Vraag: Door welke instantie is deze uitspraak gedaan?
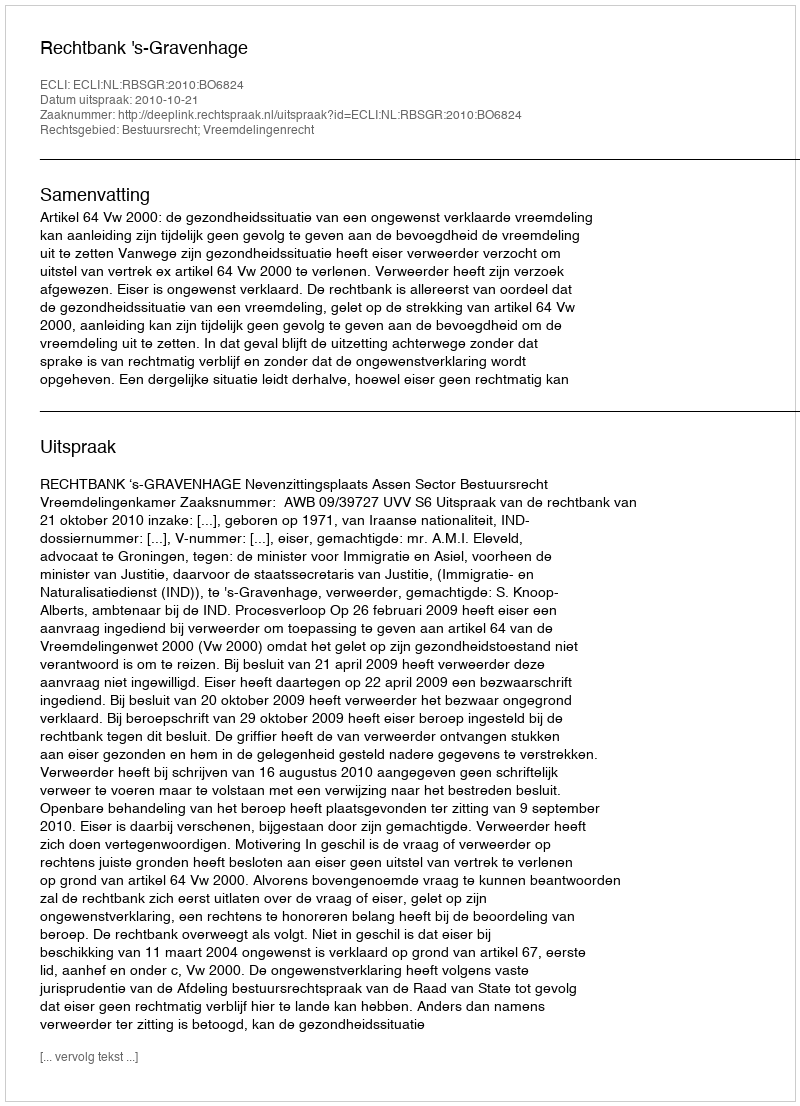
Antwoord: Rechtbank 's-Gravenhage